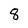
Character: 8